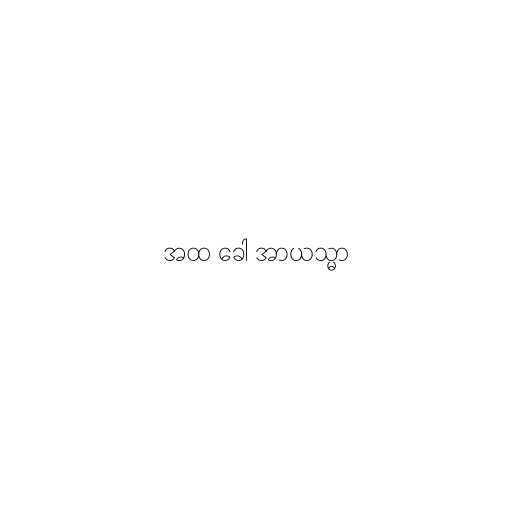
အထ ခေါ အာယသ္မာ